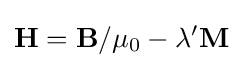
\mathbf {H} =\mathbf {B} /\mu _{0}-\lambda ^{\prime }\mathbf {M}